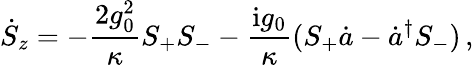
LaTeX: \dot{S}_{z}=-\frac{2g_{0}^{2}}{\kappa}S_{+}S_{-}-\frac{\mathrm{i}g_{0}}{\kappa}(S_{+}\dot{a}-\dot{a}^{\dagger}S_{-})\, ,